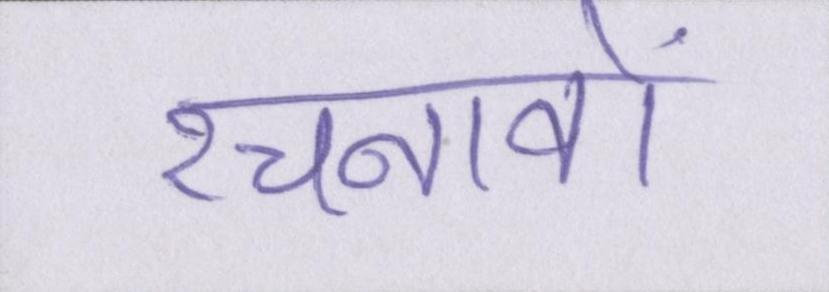
रचनावों